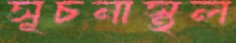
সূচনাস্থল